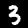
Label: 3